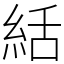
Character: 絬